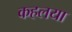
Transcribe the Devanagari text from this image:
कहलया